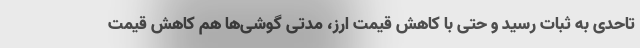
تاحدی به ثبات رسید و حتی با کاهش قیمت ارز،‌ مدتی گوشی‌ها هم کاهش قیمت